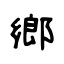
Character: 鄉